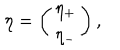
\eta = \left( \begin{array} { c } { { \eta _ { + } } } \\ { { \eta _ { - } } } \\ \end{array} \right) ,